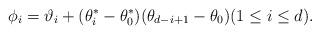
LaTeX: \begin{align*}\phi_i = \vartheta_i + (\theta^*_i-\theta^*_0)(\theta_{d-i+1}-\theta_0) (1\leq i \leq d).\end{align*}